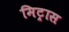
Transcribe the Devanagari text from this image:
मिट्रास